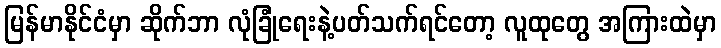
မြန်မာနိုင်ငံမှာ ဆိုက်ဘာ လုံခြုံရေးနဲ့ပတ်သက်ရင်တော့ လူထုတွေ အကြားထဲမှာ